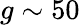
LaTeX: g\sim 50